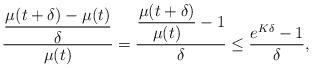
LaTeX: \begin{align*}\dfrac{\dfrac{\mu(t+\delta)-\mu(t)}{\delta}}{\mu(t)}&=\dfrac{\dfrac{\mu(t+\delta)}{\mu(t)}-1}{\delta}\leq \dfrac{e^{K\delta}-1}{\delta},\end{align*}